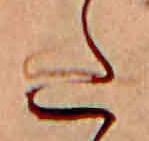
た